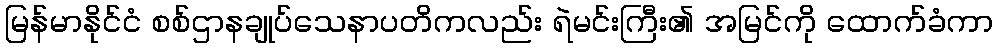
မြန်မာနိုင်ငံ စစ်ဌာနချုပ်သေနာပတိကလည်း ရဲမင်းကြီး၏ အမြင်ကို ထောက်ခံကာ